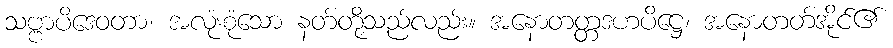
သဗ္ဗာပိဒေဝတာ၊ အလုံးစုံသော နတ်တို့သည်လည်း။ အနောတတ္တဒဟပိဋ္ဌေ၊ အနောတတ်အိုင်၏